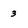
Character: 3